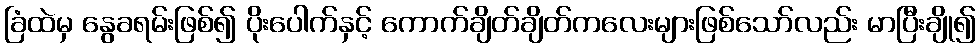
ခြံထဲမှ နွေခရမ်းဖြစ်၍ ပိုးပေါက်နှင့် ကောက်ချိတ်ချိတ်ကလေးများဖြစ်သော်လည်း မာပြီးချို၍